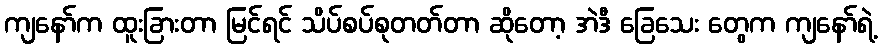
ကျနော်က ထူးခြားတာ မြင်ရင် သိပ်စပ်စုတတ်တာ ဆိုတော့ အဲဒီ ခြေသေး တွေက ကျနော်ရဲ့